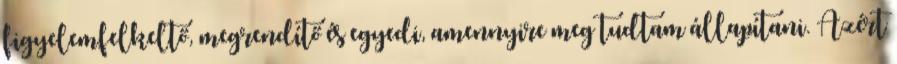
figyelemfelkeltő, megrendítő és egyedi, amennyire meg tudtam állapítani. Azért